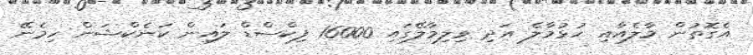
އެގޮތުން މާލެއާއި ހުޅުމާލެ އަދި ވިލިމާލޭގައި 16000 ފިކްސްޑް ލައިން ކަނެކްޝަން ހިމެނޭ